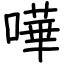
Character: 嘩